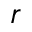
r